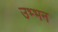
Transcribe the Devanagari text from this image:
उभ्भन